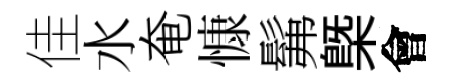
佳水奄慷髴㮣會